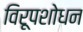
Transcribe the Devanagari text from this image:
विरूपशोधन